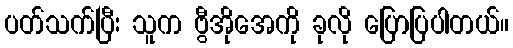
ပတ်သက်ပြီး သူက ဗွီအိုအေကို ခုလို ပြောပြပါတယ်။